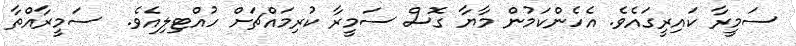
ސަމީރާ ކައިރީގައެވެ. އެހެންކަމުން މާޔާ ގޮސް ސަމީރާ ކުރިމައްޗަށް ހުއްޓިލިއެވެ.  ސަމީރާއްތާ